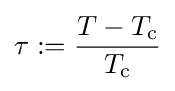
\tau :={\frac {T-T_{\mathrm {c} }}{T_{\mathrm {c} }}}